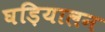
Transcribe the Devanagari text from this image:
घड़ियालन